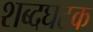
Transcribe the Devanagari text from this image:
शब्दघटक